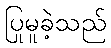
ပြုမူခဲ့သည်